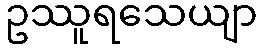
ဥဿူရသေယျာ